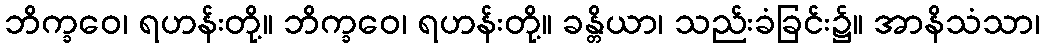
ဘိက္ခဝေ၊ ရဟန်းတို့။ ဘိက္ခဝေ၊ ရဟန်းတို့။ ခန္တိယာ၊ သည်းခံခြင်း၌။ အာနိသံသာ၊